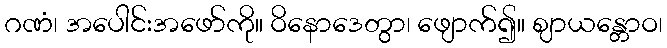
ဂဏံ၊ အပေါင်းအဖော်ကို။ ဝိနောဒေတွာ၊ ဖျောက်၍။ ဈာယန္တောဝ၊